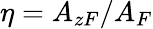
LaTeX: \eta=A_{zF}/A_{F}